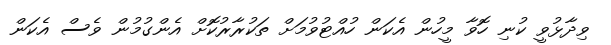
ވިދާޅުވީ ކުނި ހޮވާ މީހުން އެކަން ހުއްޓުވުމަށް ތަކުރާރުކޮށް އެންގުމުން ވެސް އެކަން